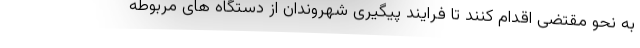
به نحو مقتضی اقدام کنند تا فرایند پیگیری شهروندان از دستگاه های مربوطه